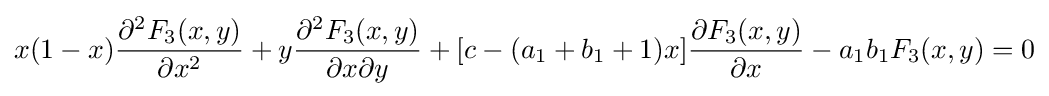
x(1-x){\frac {\partial ^{2}F_{3}(x,y)}{\partial x^{2}}}+y{\frac {\partial ^{2}F_{3}(x,y)}{\partial x\partial y}}+[c-(a_{1}+b_{1}+1)x]{\frac {\partial F_{3}(x,y)}{\partial x}}-a_{1}b_{1}F_{3}(x,y)=0